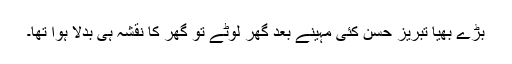
بڑے بھیا تبریز حسن کئی مہینے بعد گھر لوٹے تو گھر کا نقشہ ہی بدلا ہوا تھا۔